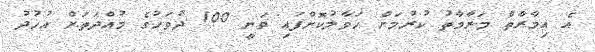
އެ އިމާރާތް މަރާމާތު ކުރުމަށް ހަވާލުކޮށްފައި ވަނީ 100 ދުވަހުގެ މުއްދަތަށް އުހުދު